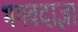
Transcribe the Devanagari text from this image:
भगवदाज्ञा